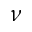
\nu